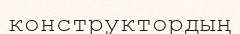
конструктордың